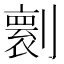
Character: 𠟼